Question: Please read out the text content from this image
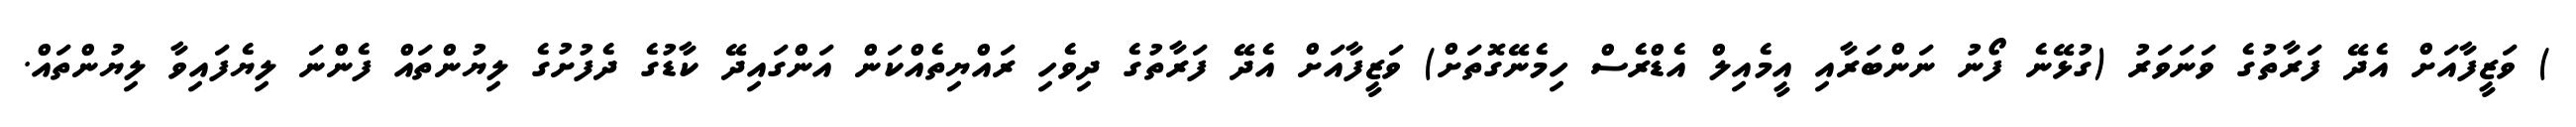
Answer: ) ވަޒީފާއަށް އެދޭ ފަރާތުގެ ވަނަވަރު (ގުޅޭނެ ފޯނު ނަންބަރާއި އީމެއިލް އެޑްރެސް ހިމެނޭގޮތަށް) ވަޒީފާއަށް އެދޭ ފަރާތުގެ ދިވެހި ރައްޔިތެއްކަން އަންގައިދޭ ކާޑުގެ ދެފުށުގެ ލިޔުންތައް ފެންނަ ލިޔެފައިވާ ލިޔުންތައް.